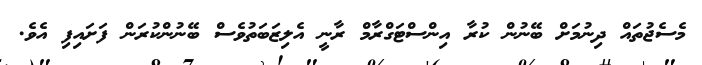
މެސެޖުތައް ދިނުމަށް ބޭނުން ކުރާ އިންސްޓަގްރާމް ރާނީ އެލިޒަބަތުވެސް ބޭނުންކުރަން ފަށައިފި އެވެ.